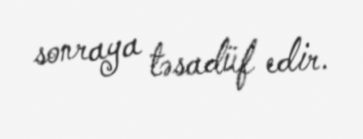
sonraya təsadüf edir.